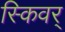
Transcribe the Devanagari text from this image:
स्किवर्